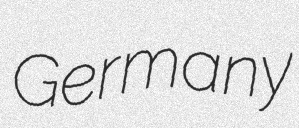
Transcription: Germany